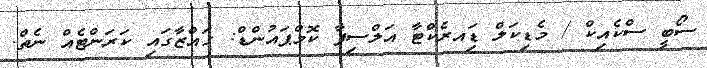
ސޯބީ ސްކެއިކް / މެޑިކަލް ޑަިއރެކްޓާ އަލްސިފާ ކޮމްޕައުންޑް: ގައްޒާގައި ކަރަންޓެއް ނެތް.